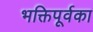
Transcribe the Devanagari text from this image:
भक्तिपूर्वका